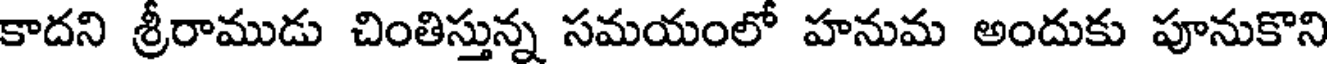
కాదని శ్రీరాముడు చింతిస్తున్న సమయంలో హనుమ అందుకు పూనుకొని